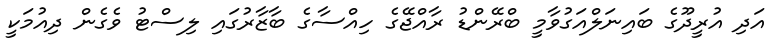
އަދި އުރީދޫގެ ބައިނަލްއަގުވާމީ ބްރޭންޑު ރާއްޖޭގެ ހިއްސާގެ ބާޒާރުގައި ލިސްޓު ވެގެން ދިއުމަކީ